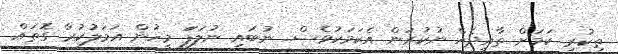
ތިކުރި ކަމަށް ތާއީދެއް ނުކުރަން އެކަމަކުވެސް.. ނުބައި ނުލަފަަ މީހުން އަމަލުކުރާ ގޮތައް